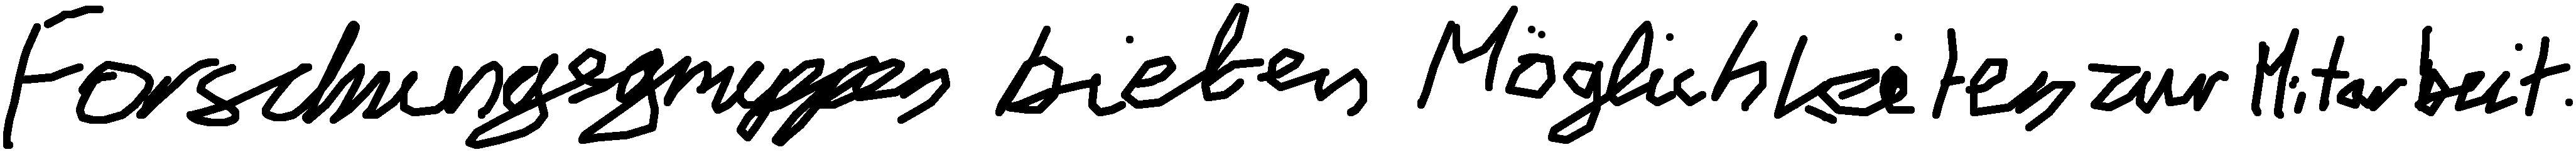
Forschungsgruppen bieten Möglichkeiten zur Mitarbeit.